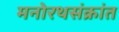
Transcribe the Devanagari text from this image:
मनोरथसंक्रांत